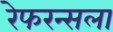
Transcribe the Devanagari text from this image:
रेफरन्सला